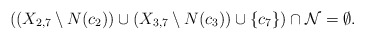
\begin{align*}\mbox{$((X_{2,7}\setminus N(c_2))\cup (X_{3,7}\setminus N(c_3))\cup\{c_7\})\cap {\cal N}=\emptyset$.}\end{align*}